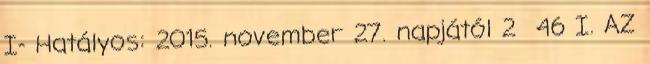
I- Hatályos: 2015. november 27. napjától 2 46 I. AZ